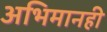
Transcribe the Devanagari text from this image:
अभिमानही